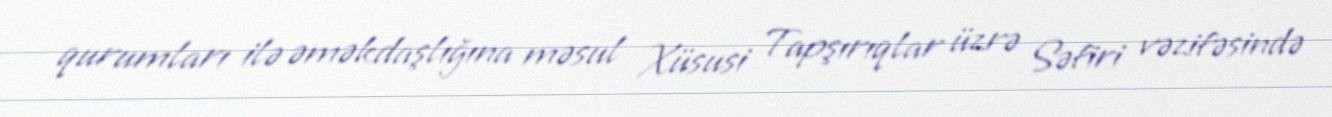
qurumları ilə əməkdaşlığına məsul Xüsusi Tapşırıqlar üzrə Səfiri vəzifəsində